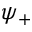
\psi _ { + }